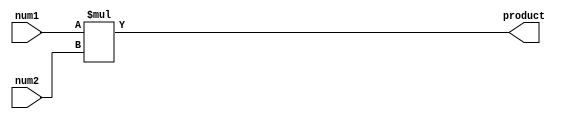
module multiplier_8_bit(num1, num2, product);
    input [7:0] num1;
    input [7:0] num2;
    output [15:0] product; 
    // the product of two 8-bit (not digit) numbers can, at maximum, be a 16-bit number 
    
    //* Behavioral Modelling
    assign product = (num1 * num2);
endmodule

module testbenchformultiplier;
    reg[7:0] num1, num2;
    wire [15:0] product; 

    multiplier_8_bit wire_driver(num1, num2, product);

    initial begin
        #20 num1 = 8'b10100000; num2 = 8'b00000010;
        #20 num1 = 8'b00111000; num2 = 8'b00100110;
        #20 $finish;
    end
endmodule